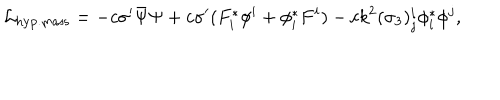
{ \cal L } _ { \mathrm { h y p . m a s s } } = - c \sigma ^ { \prime } \bar { \Psi } \Psi + c \sigma ^ { \prime } ( F _ { i } ^ { * } \phi ^ { i } + \phi _ { i } ^ { * } F ^ { i } ) - c k ^ { 2 } ( \sigma _ { 3 } ) _ { j } ^ { i } \phi _ { i } ^ { * } \phi ^ { j } ,